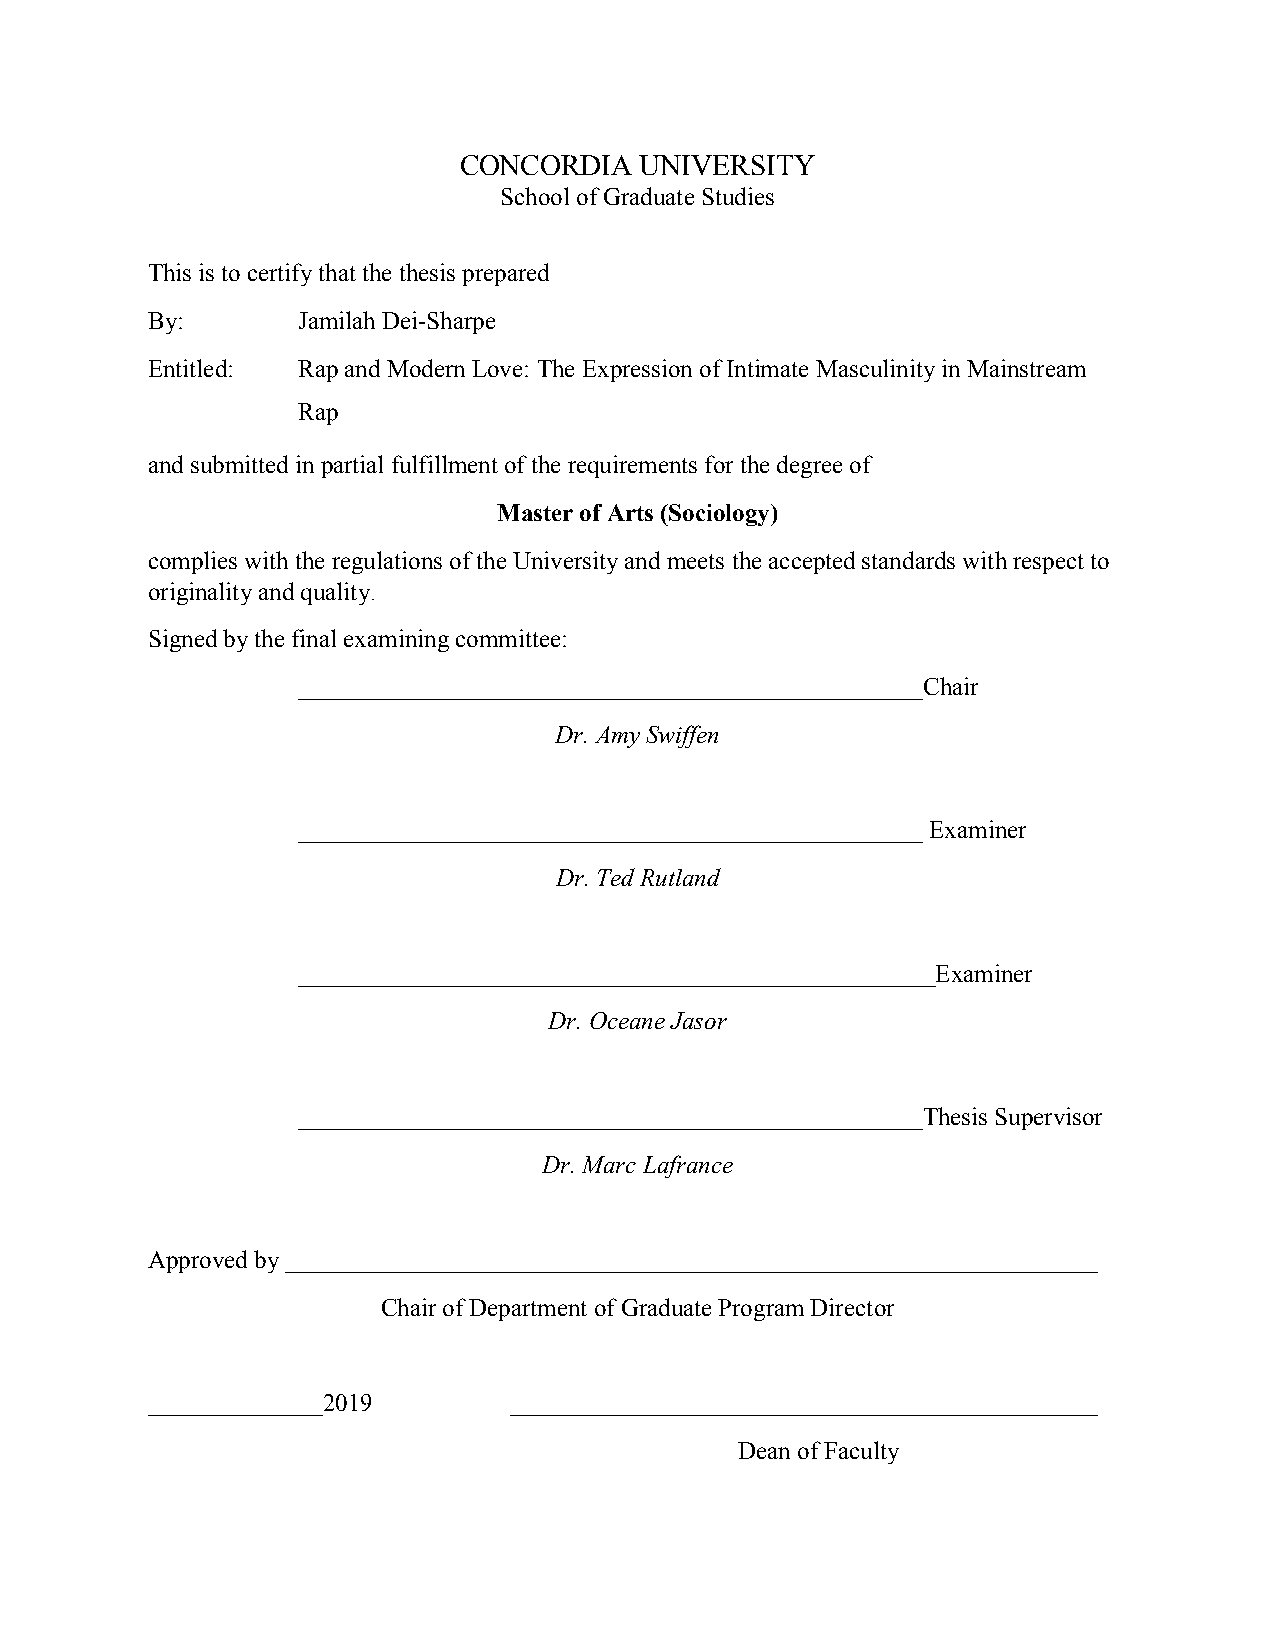
CONCORDIA   UNIVERSITY
 School of Graduate Studies
 This is to certify that the thesis prepared
 By:       Jamilah Dei-Sharpe
 Entitled: Rap and Modern Love: The Expression of Intimate Masculinity in Mainstream
 Rap
 and submitted in partial fulfillment of the requirements for the degree of
 Master of Arts (Sociology)
 complies with the regulations of the University and meets the accepted standards with respect to
 originality and quality.
 Signed by the final examining committee:
 __________________________________________________Chair
 Dr. Amy Swiffen
 __________________________________________________ Examiner
 Dr. Ted Rutland
 ___________________________________________________Examiner
 Dr. Oceane Jasor
 __________________________________________________Thesis Supervisor
 Dr. Marc Lafrance
 Approved by _________________________________________________________________
 Chair of Department of Graduate Program Director
 ______________2019      _______________________________________________
 Dean of Faculty